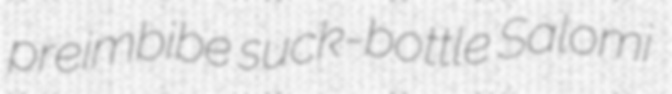
preimbibe suck-bottle Salomi